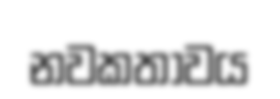
නවකතාවය